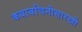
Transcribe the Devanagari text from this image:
कबाबचिनीसारखी